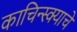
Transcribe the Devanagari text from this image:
काचिन्स्क्याचे